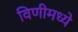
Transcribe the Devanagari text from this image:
विणीमध्ये